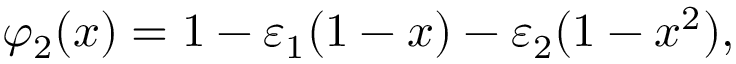
\varphi _ { 2 } ( x ) = 1 - \varepsilon _ { 1 } ( 1 - x ) - \varepsilon _ { 2 } ( 1 - x ^ { 2 } ) ,